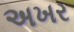
અખર